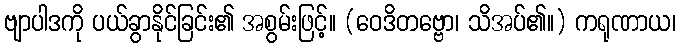
ဗျာပါဒကို ပယ်ခွာနိုင်ခြင်း၏ အစွမ်းဖြင့်။ (ဝေဒိတဗ္ဗော၊ သိအပ်၏။) ကရုဏာယ၊